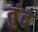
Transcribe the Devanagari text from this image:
तुंद